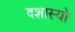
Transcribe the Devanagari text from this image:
दशास्यो